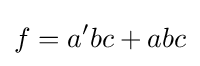
f=a'bc+abc